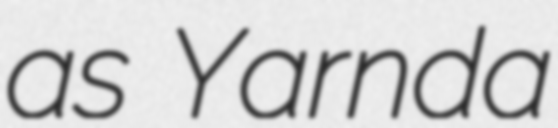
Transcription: as Yarnda